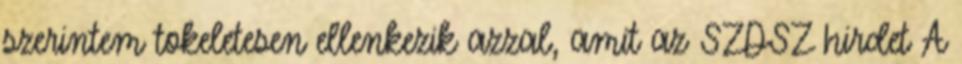
szerintem tokeletesen ellenkezik azzal, amit az SZDSZ hirdet A